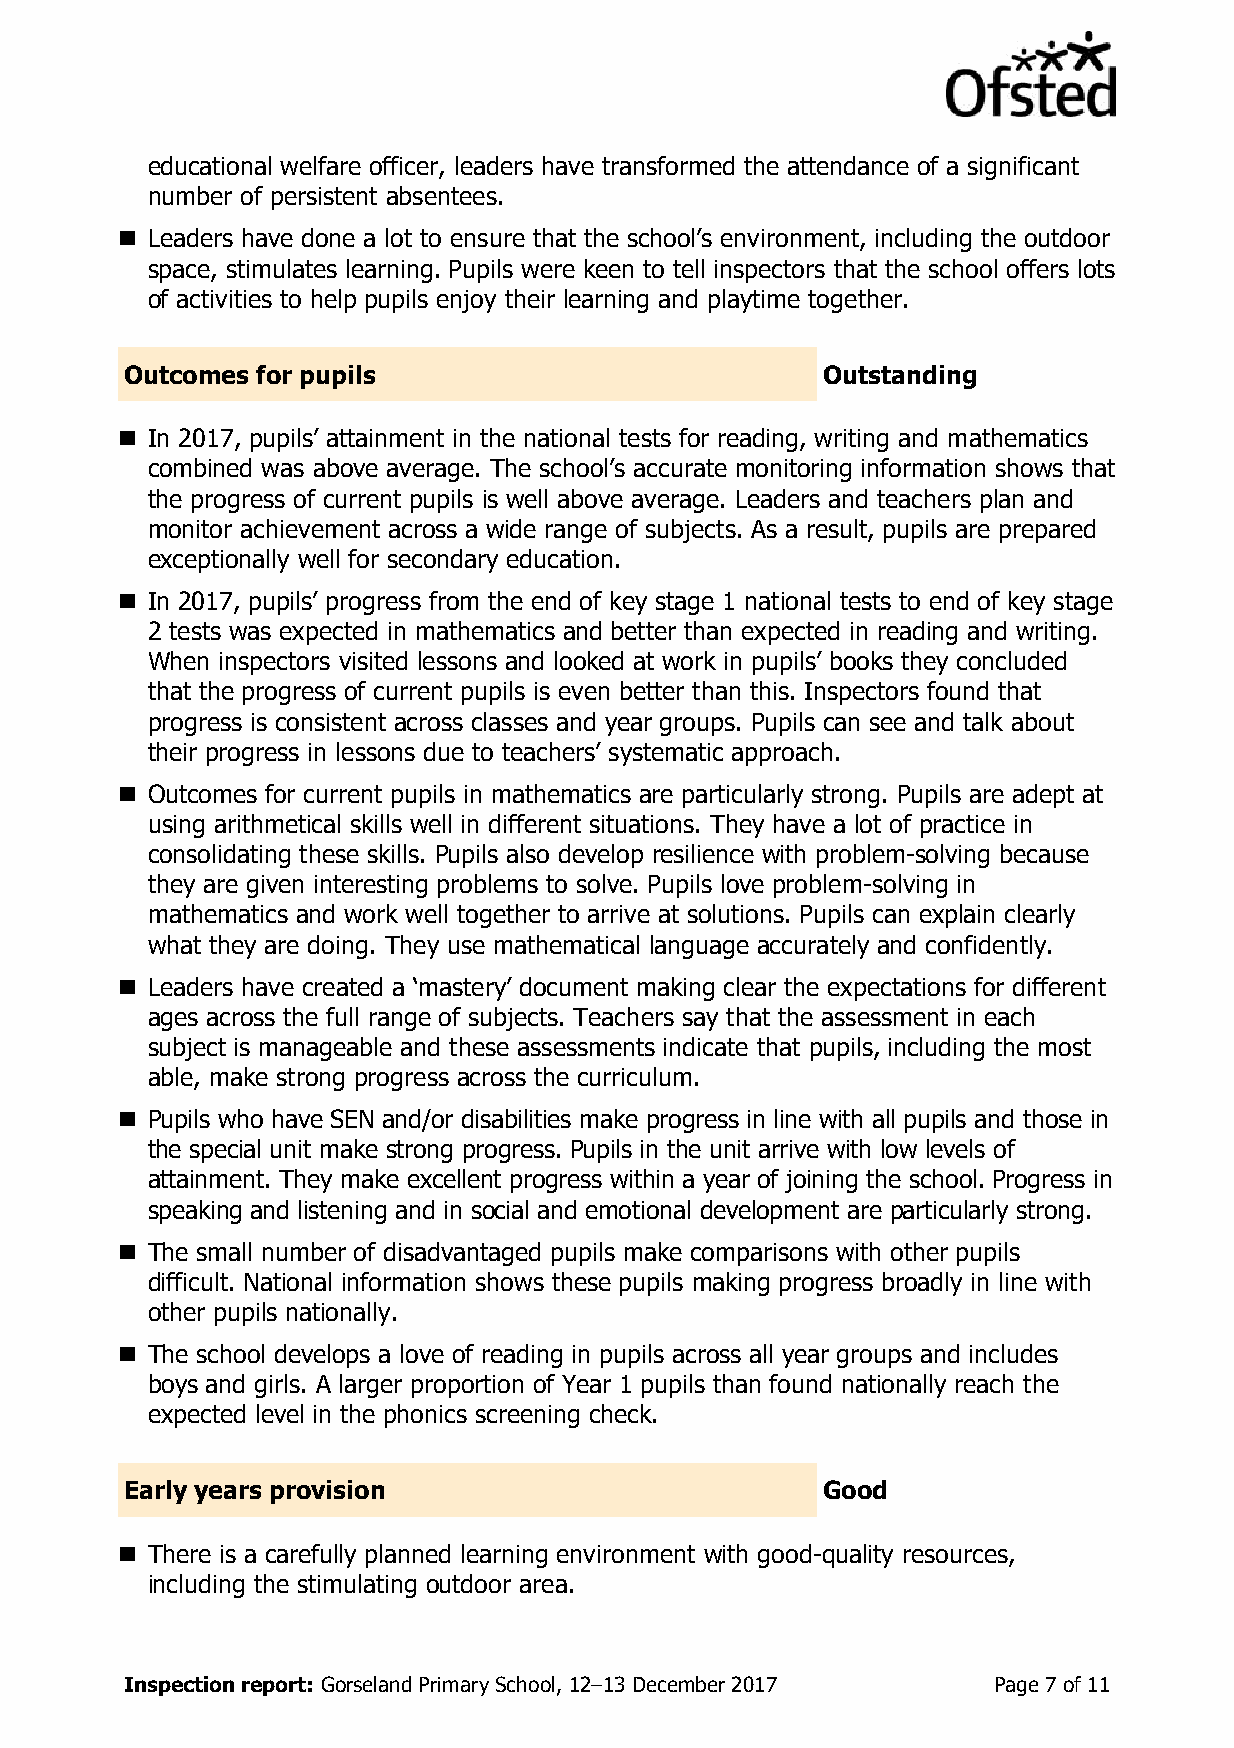
educational welfare officer, leaders have transformed the attendance of a significant
 number of persistent absentees.
  Leaders have done a lot to ensure that the school’s environment, including the outdoor
 space, stimulates learning. Pupils were keen to tell inspectors that the school offers lots
 of activities to help pupils enjoy their learning and playtime together.
 Outcomes for pupils                           Outstanding
  In 2017, pupils’ attainment in the national tests for reading, writing and mathematics
 combined was above average. The school’s accurate monitoring information shows that
 the progress of current pupils is well above average. Leaders and teachers plan and
 monitor achievement across a wide range of subjects. As a result, pupils are prepared
 exceptionally well for secondary education.
  In 2017, pupils’ progress from the end of key stage 1 national tests to end of key stage
 2 tests was expected in mathematics and better than expected in reading and writing.
 When inspectors visited lessons and looked at work in pupils’ books they concluded
 that the progress of current pupils is even better than this. Inspectors found that
 progress is consistent across classes and year groups. Pupils can see and talk about
 their progress in lessons due to teachers’ systematic approach.
  Outcomes for current pupils in mathematics are particularly strong. Pupils are adept at
 using arithmetical skills well in different situations. They have a lot of practice in
 consolidating these skills. Pupils also develop resilience with problem-solving because
 they are given interesting problems to solve. Pupils love problem-solving in
 mathematics and work well together to arrive at solutions. Pupils can explain clearly
 what they are doing. They use mathematical language accurately and confidently.
  Leaders have created a ‘mastery’ document making clear the expectations for different
 ages across the full range of subjects. Teachers say that the assessment in each
 subject is manageable and these assessments indicate that pupils, including the most
 able, make strong progress across the curriculum.
  Pupils who have SEN and/or disabilities make progress in line with all pupils and those in
 the special unit make strong progress. Pupils in the unit arrive with low levels of
 attainment. They make excellent progress within a year of joining the school. Progress in
 speaking and listening and in social and emotional development are particularly strong.
  The small number of disadvantaged pupils make comparisons with other pupils
 difficult. National information shows these pupils making progress broadly in line with
 other pupils nationally.
  The school develops a love of reading in pupils across all year groups and includes
 boys and girls. A larger proportion of Year 1 pupils than found nationally reach the
 expected level in the phonics screening check.
 Early years provision                         Good
  There is a carefully planned learning environment with good-quality resources,
 including the stimulating outdoor area.
 Inspection report: Gorseland Primary School, 12–13 December 2017 Page 7 of 11